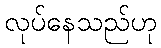
လုပ်နေသည်ဟု